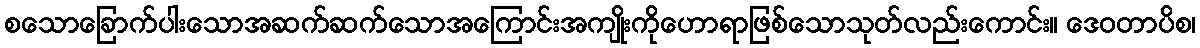
စသောခြောက်ပါးသောအဆက်ဆက်သောအကြောင်းအကျိုးကိုဟောရာဖြစ်သောသုတ်လည်းကောင်း။ ဒေဝတာပိစ၊